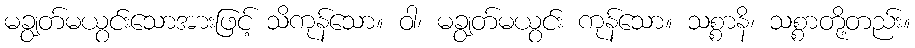
မချွတ်မယွင်းသောအားဖြင့် သိကုန်သော။ ဝါ၊ မချွတ်မယွင်း ကုန်သော။ သစ္စာနိ၊ သစ္စာတို့တည်း။